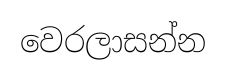
වෙරලාසන්න